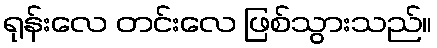
ရုန်းလေ တင်းလေ ဖြစ်သွားသည်။